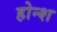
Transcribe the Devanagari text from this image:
होन्श